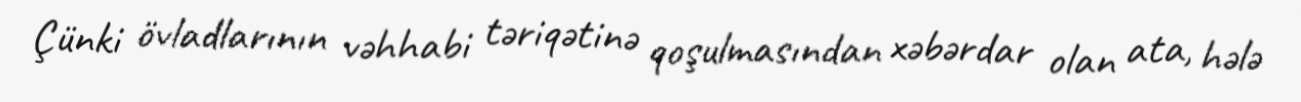
Çünki övladlarının vəhhabi təriqətinə qoşulmasından xəbərdar olan ata, hələ